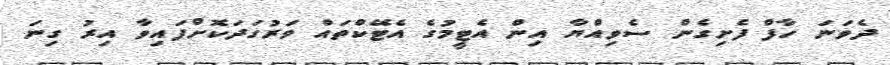
ދެވަނަ ހާފް ފެށިގެން ސެވިއްޔާ އިން އެޓީމުގެ އެޓޭކްތައް ވަރުގަދަކޮށްފައިވާ އިރު ގިނަ